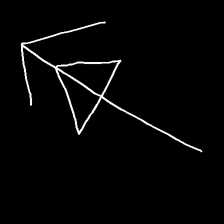
Glyph: pull